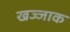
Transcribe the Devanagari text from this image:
खज्जाक